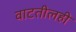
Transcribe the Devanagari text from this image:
वाटतीलही